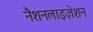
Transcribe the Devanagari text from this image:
नैशनलाइज़ेशन